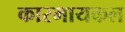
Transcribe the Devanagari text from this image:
कारमायकल